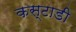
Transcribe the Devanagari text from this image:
कस्टाडी